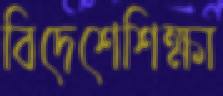
বিদেশেশিক্ষা